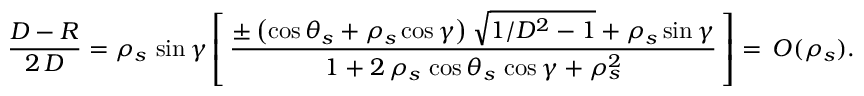
\frac { { \cal D } - { \cal R } } { 2 \, { \cal D } } = \rho _ { s } \, \sin \gamma \left[ \, \frac { \pm \left( \cos \theta _ { s } + \rho _ { s } \cos \gamma \right) \sqrt { 1 / { \cal D } ^ { 2 } - 1 } + \rho _ { s } \sin \gamma } { 1 + 2 \, \rho _ { s } \, \cos \theta _ { s } \, \cos \gamma + \rho _ { s } ^ { 2 } } \, \right] = \, { \cal O } ( \rho _ { s } ) .